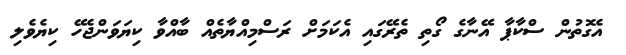
އެގޮތުން ސްކާޕާ އޭނާގެ ގޯތި ތެރޭގައި އެކަމަށް ރަސްމިއްޔާތެއް ބާއްވާ ކިޔަވަންޖެހޭ ކިޔެވެލި